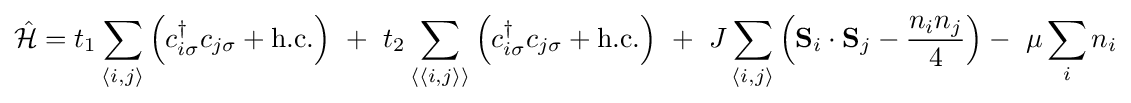
{\mathcal {\hat {H}}}=t_{1}\sum \limits _{\langle i,j\rangle }\left(c_{i\sigma }^{\dagger }c_{j\sigma }+\mathrm {h.c.} \right)\ +\ t_{2}\sum \limits _{\langle \langle i,j\rangle \rangle }\left(c_{i\sigma }^{\dagger }c_{j\sigma }+\mathrm {h.c.} \right)\ +\ J\sum \limits _{\langle i,j\rangle }\left(\mathbf {S} _{i}\cdot \mathbf {S} _{j}-{\frac {n_{i}n_{j}}{4}}\right)-\ \mu \sum \limits _{i}n_{i}